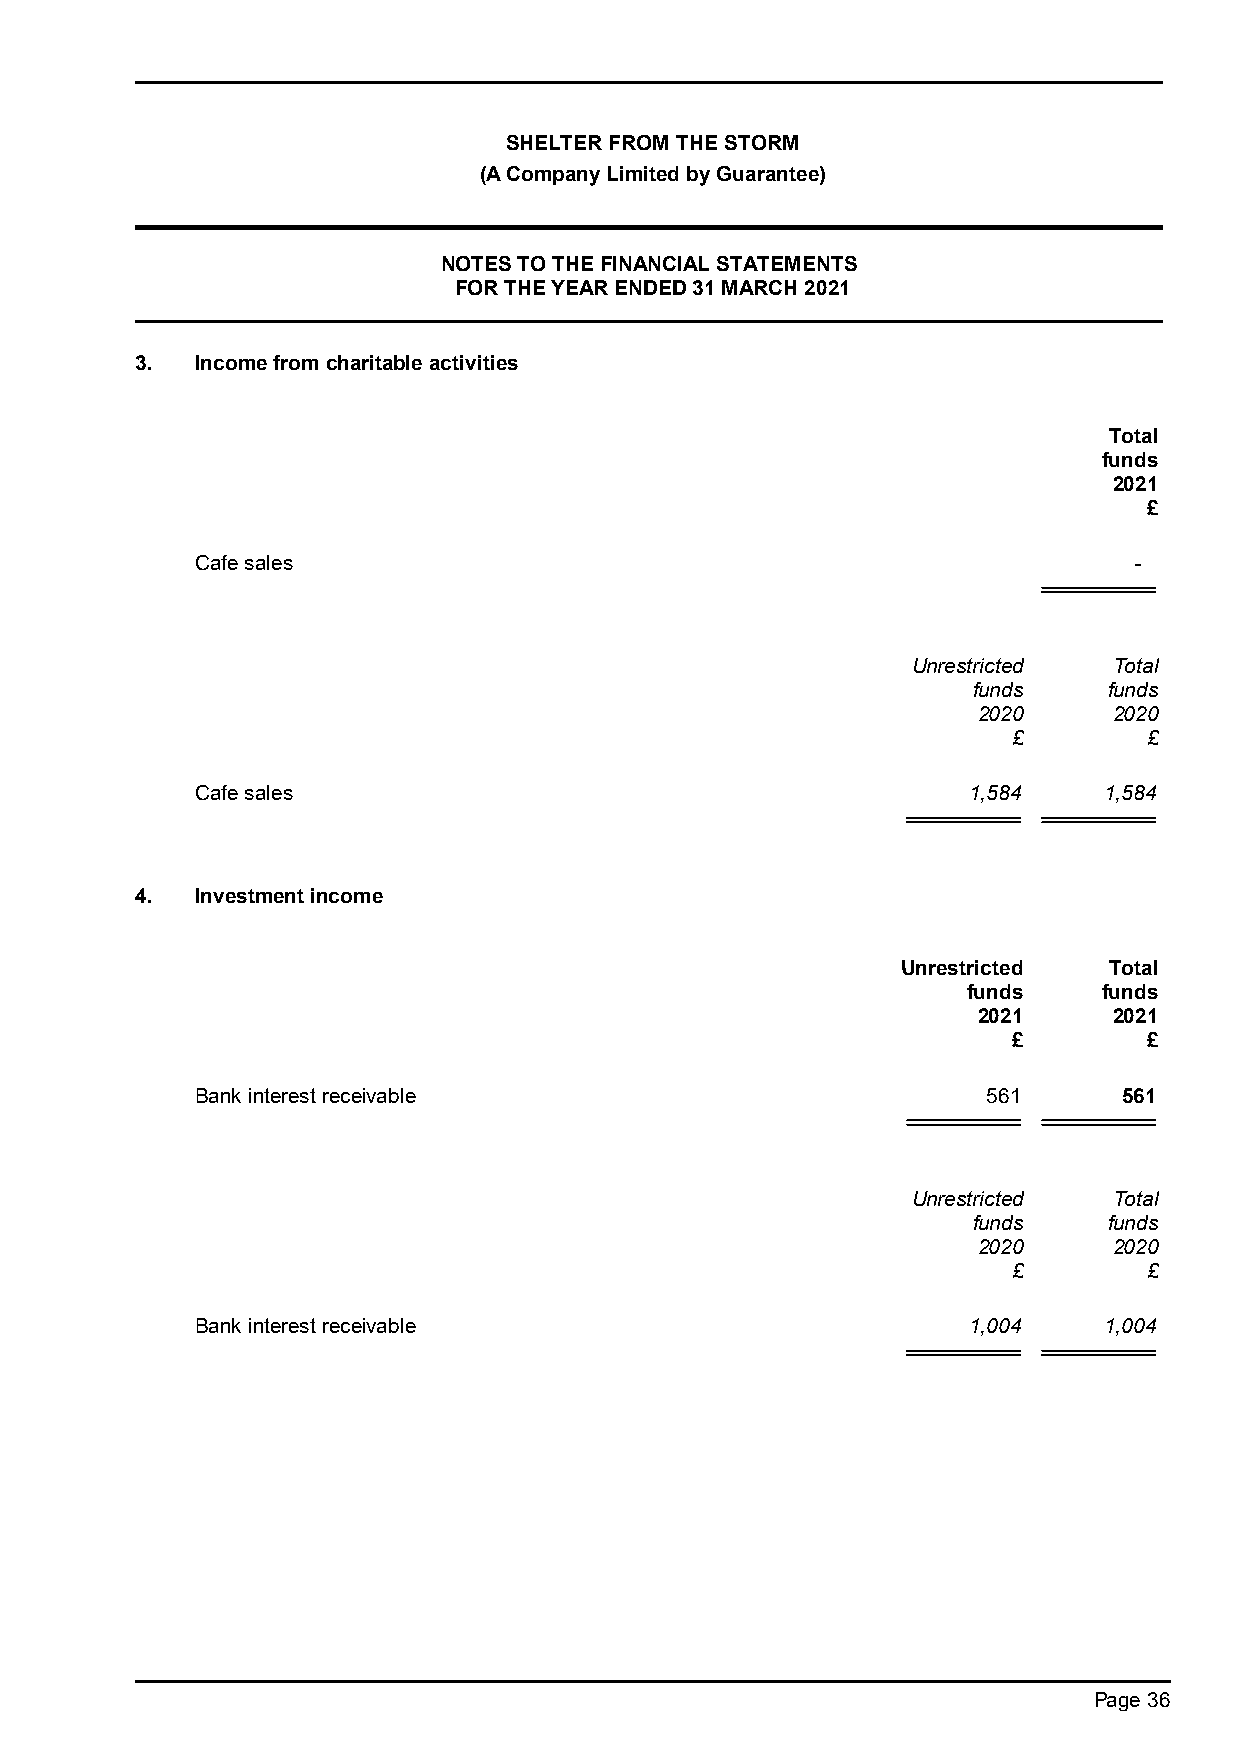
SHELTER FROM THE STORM
 (A Company Limited by Guarantee)
 NOTES TO THE FINANCIAL STATEMENTS
 FOR THE YEAR ENDED 31 MARCH 2021
 3.  Income from charitable activities
 Total
 funds
 2021
 £
 Cafe sales                                                    -
 Unrestricted  Total
 funds    funds
 2020     2020
 £        £
 Cafe sales                                         1,584    1,584
 4.  Investment income
 Unrestricted Total
 funds    funds
 2021     2021
 £        £
 Bank interest receivable                            561      561
 Unrestricted  Total
 funds    funds
 2020     2020
 £        £
 Bank interest receivable                           1,004    1,004
 Page 36